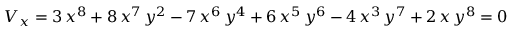
V _ { x } = 3 \, { x ^ { 8 } } + 8 \, { x ^ { 7 } } \, { y ^ { 2 } } - 7 \, { x ^ { 6 } } \, { y ^ { 4 } } + 6 \, { x ^ { 5 } } \, { y ^ { 6 } } - 4 \, { x ^ { 3 } } \, { y ^ { 7 } } + 2 \, x \, { y ^ { 8 } } = 0